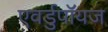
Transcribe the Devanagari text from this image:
एवर्डुपॉयज